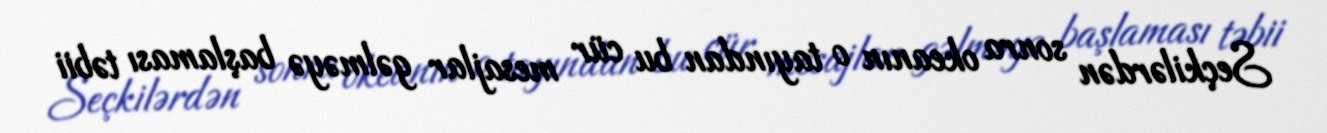
Seçkilərdən sonra okeanın o tayından bu cür mesajlar gəlməyə başlaması təbii